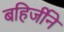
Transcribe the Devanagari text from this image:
बहिर्जीने